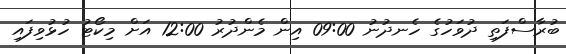
ބުރާސްފަތި ދުވަހުގެ ހެނދުނު 09:00 އިން މެންދުރު 12:00 އަށް މިކޯޓު ހުޅުވިފައި